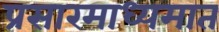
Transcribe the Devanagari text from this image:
प्रसारमाध्यमात